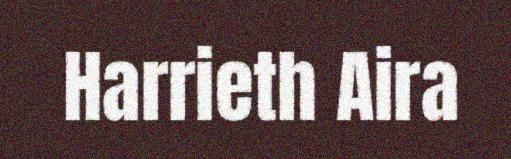
Harrieth Aira